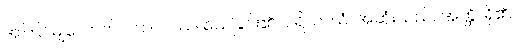
အကြင်မျှလောက်။ ကာလဿ၊ သေခြင်း၏။ ပရိယာယံ၊ အဆုံးသည်။ အတ္ထိ၊ ရှိ၏။